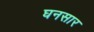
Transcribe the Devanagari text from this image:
घनसार